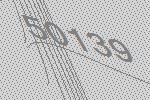
50139